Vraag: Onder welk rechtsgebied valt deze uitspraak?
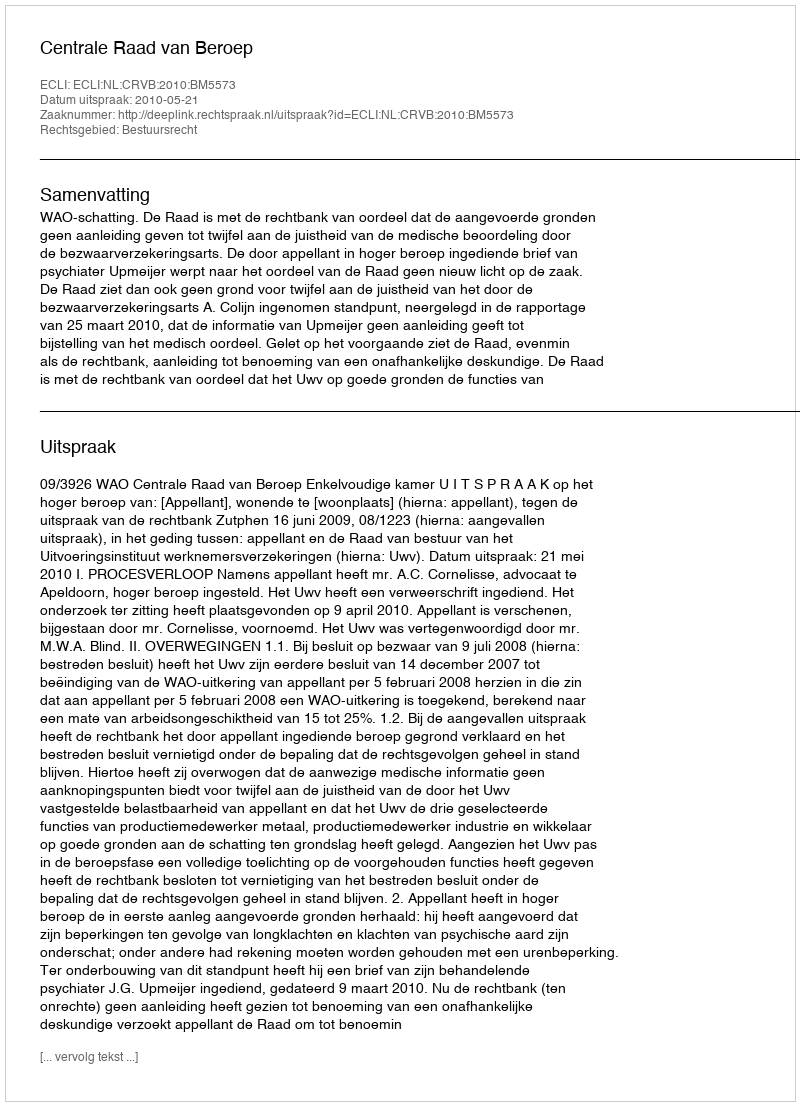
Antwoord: Bestuursrecht